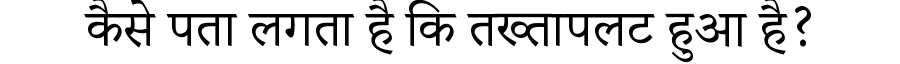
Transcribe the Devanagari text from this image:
कैसे पता लगता है कि तख्तापलट हुआ है?